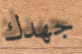
جهدك